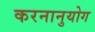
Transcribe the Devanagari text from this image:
करनानुयोग